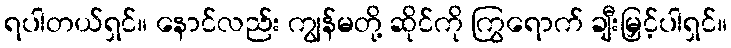
ရပါတယ်ရှင်။ နောင်လည်း ကျွန်မတို့ ဆိုင်ကို ကြွရောက် ချီးမြှင့်ပါရှင်။